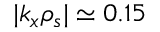
| k _ { x } \rho _ { s } | \simeq 0 . 1 5